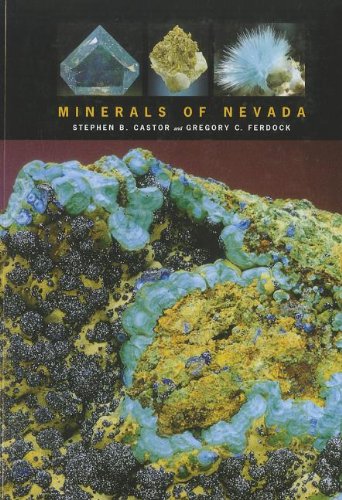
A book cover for Minerals of Nevada (Nevada Bureau of Mines and Geology Special Publication); Stephen B. Castor; Science & Math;